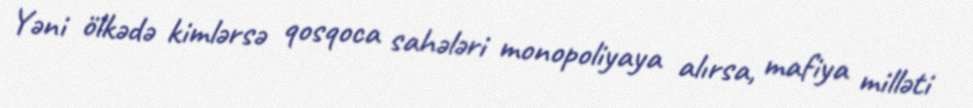
Yəni ölkədə kimlərsə qosqoca sahələri monopoliyaya alırsa, mafiya milləti